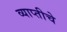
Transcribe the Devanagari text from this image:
व्याप्तीचे